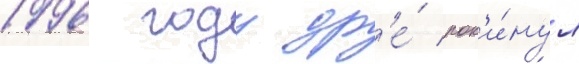
1996 году др'е́ пок'и́нул